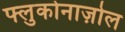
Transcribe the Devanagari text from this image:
फ्लुकोनाज़ोल